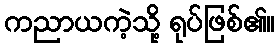
ကညာယကဲ့သို့ ရုပ်ဖြစ်၏။